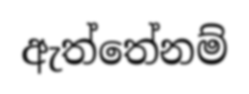
ඇත්තේනම්